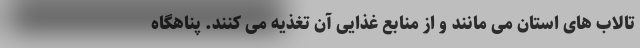
تالاب های استان می مانند و از منابع غذایی آن تغذیه می کنند. پناهگاه